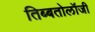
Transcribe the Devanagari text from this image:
तिब्‍बतोलॉजी